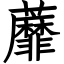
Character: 蘼